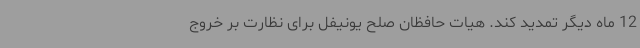
12 ماه دیگر تمدید کند. هیات حافظان صلح یونیفل برای نظارت بر خروج